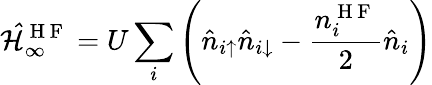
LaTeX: \mathcal{\hat{H}}_{\infty}^{\mathrm{~H~F~}}=U\sum_{i}\left(\hat{n}_{i\uparrow}\hat{n}_{i\downarrow}-\frac{n_{i}^{\mathrm{~H~F~}}}{2}\hat{n}_{i}\right)